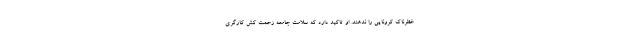
خطرناک کرونایی را ندهند. او تاکید دارد که سلامت جامعه زحمت کش کارگری